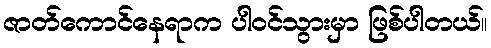
ဇာတ်ကောင်နေရာက ပါဝင်သွားမှာ ဖြစ်ပါတယ်။